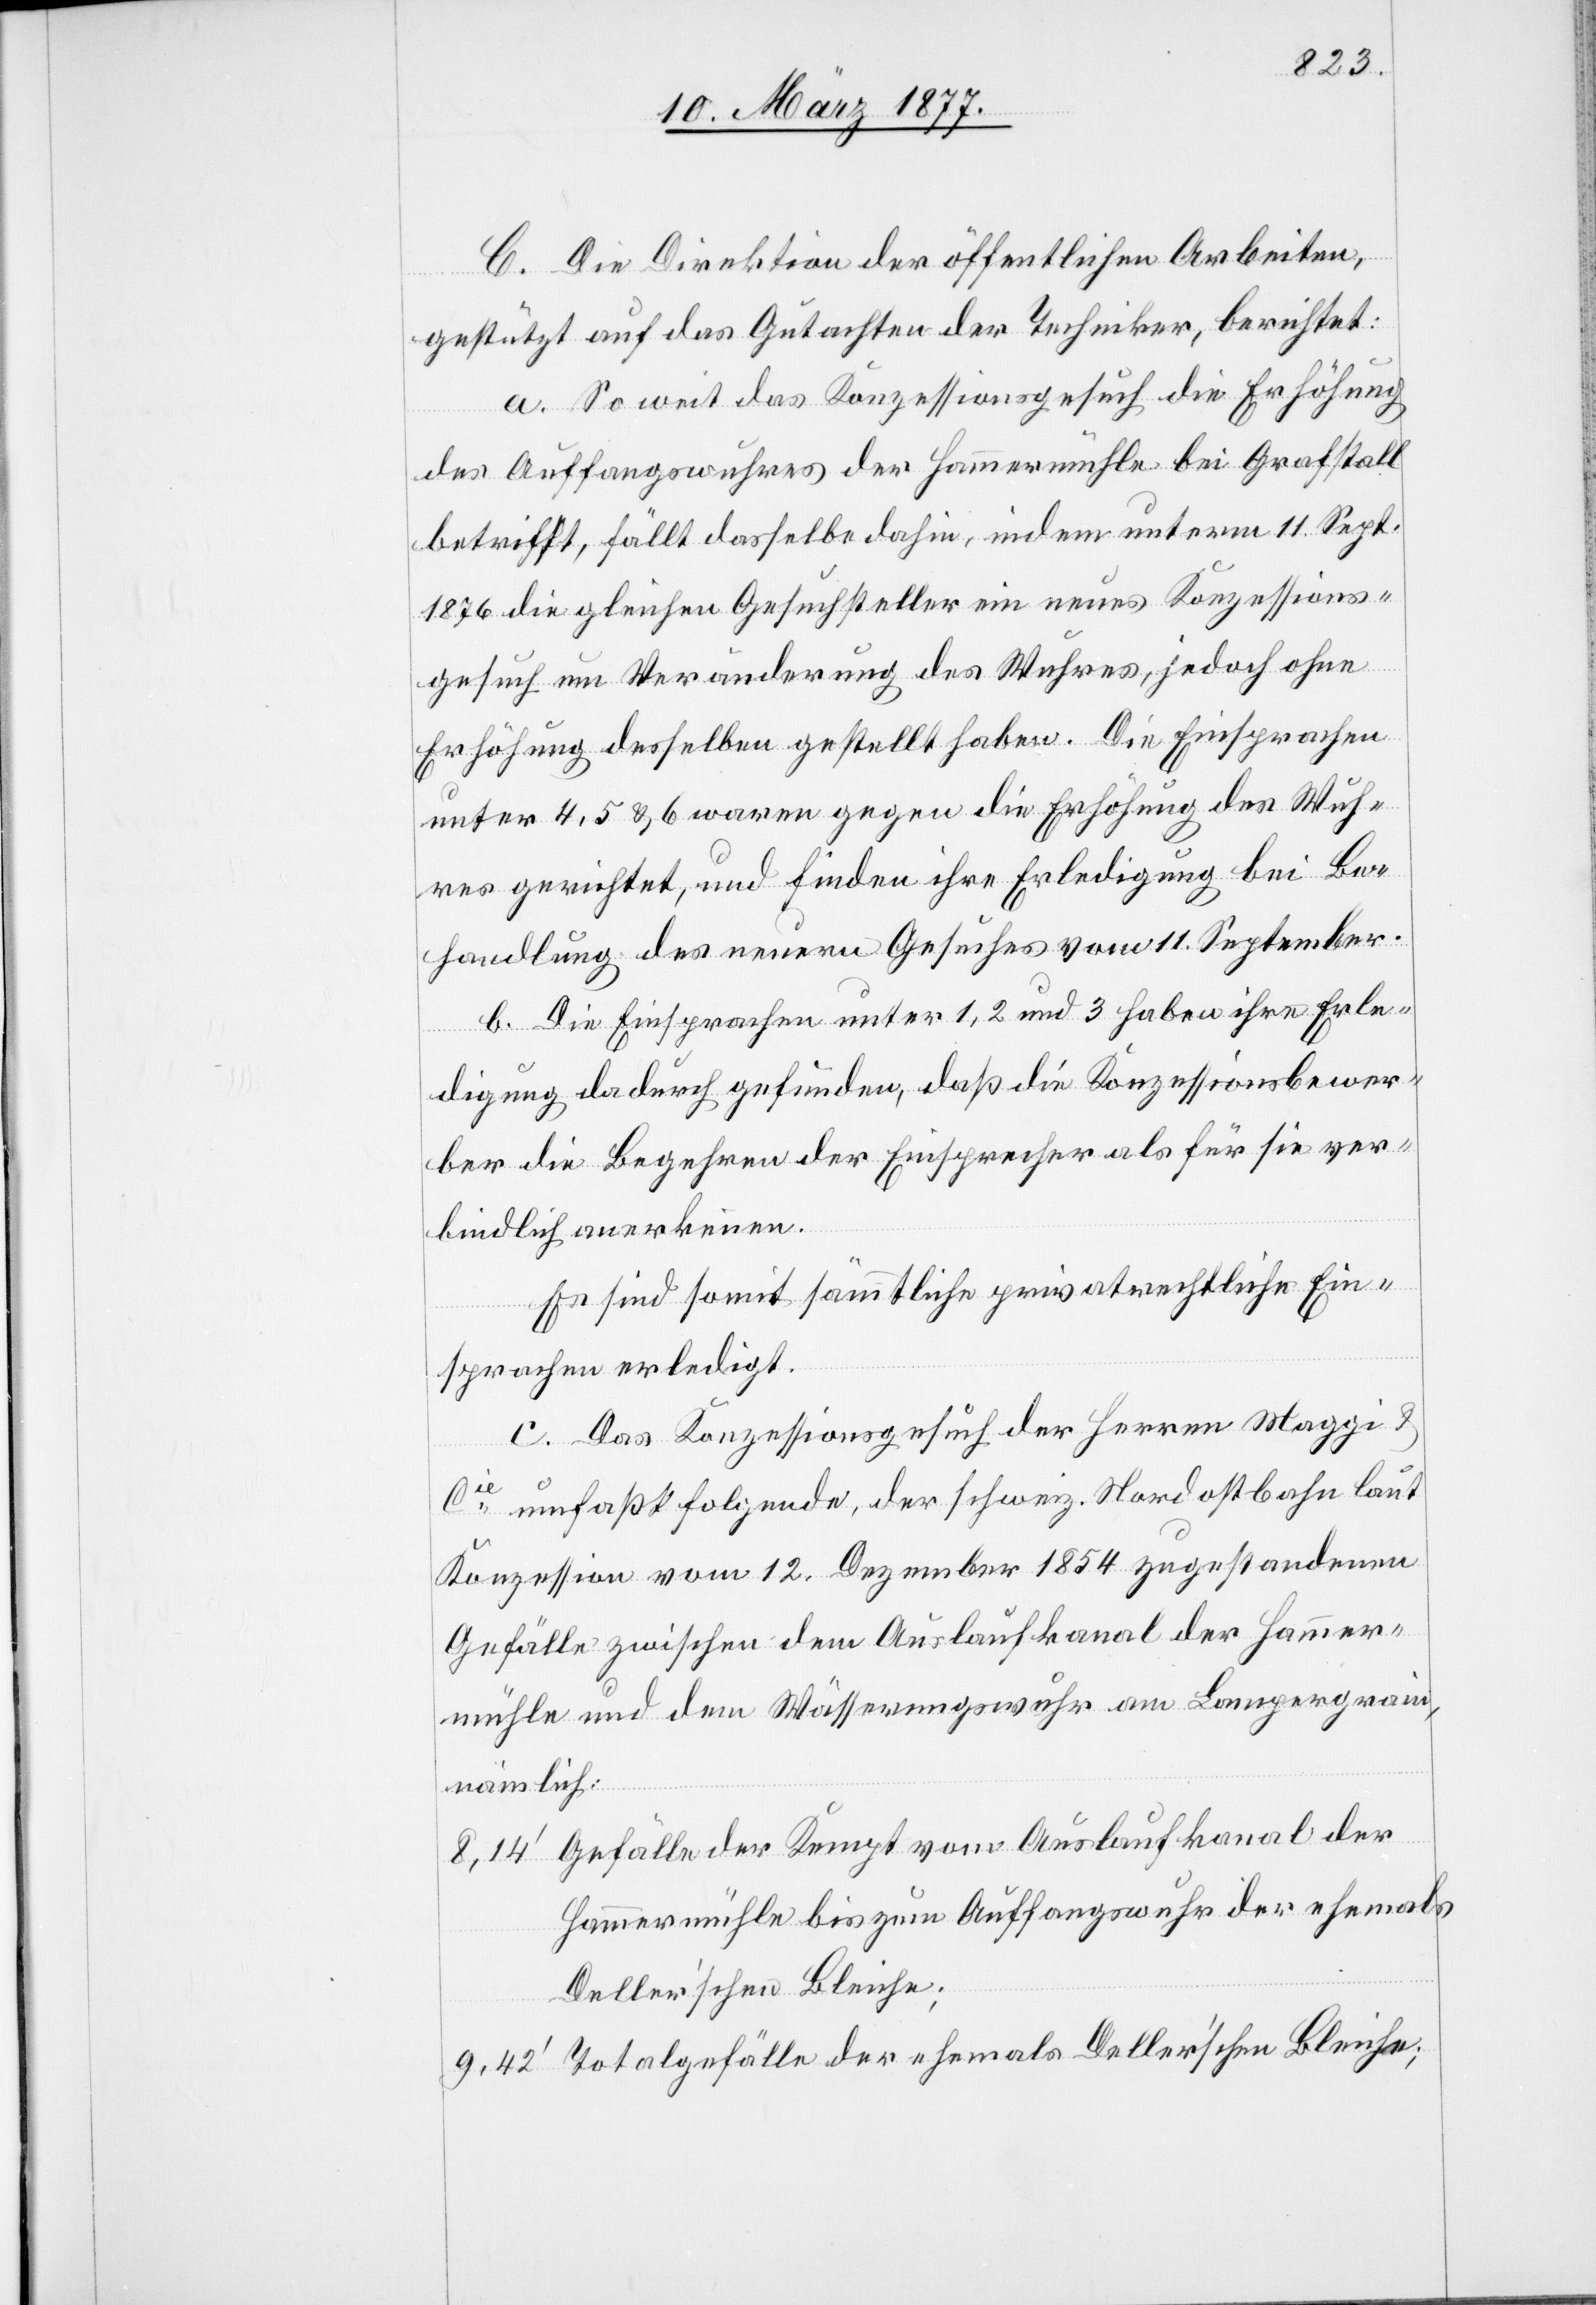
C. Die Direktion der öffentlichen Arbeiten,
gestützt auf das Gutachten der Techniker, berichtet:
a. So weit das Konzessionsgesuch die Erhöhung
des Auffangswuhres der Hammermühle bei Grafstall
betrifft, fällt dasselbe dahin, indem unterm 11. Sept.
1876 die gleichen Gesuchsteller ein neues Konzessions¬
gesuch um Veränderung des Wuhres, jedoch ohne
Erhöhung desselben gestellt haben. Die Einsprachen
unter 4, 5 & 6 waren gegen die Erhöhung des Wuh¬
res gerichtet, und finden ihre Erledigung bei Be¬
handlung des neuern Gesuches vom 11. September.
b. Die Einsprachen unter 1, 2 und 3 haben ihre Erle¬
digung dadurch gefunden, daß die Konzessionsbewer¬
ber die Begehren der Einsprecher als für sie ver¬
bindlich anerkennen.
Es sind somit sämmtliche privatrechtliche[n] Ein¬
sprachen erledigt.
c. Das Konzessionsgesuch der Herren Maggi &
Cie umfaßt folgende, der schweiz. Nordostbahn laut
Konzession vom 12. Dezember 1854 zugestandenen
Gefälle zwischen dem Auslaufkanal der Hammer¬
mühle und dem Wässerungswuhr am Lampergrain,
nämlich:
Gefälle der Kempt vom Auslaufkanal der
Hammermühle bis zum Auffangswuhr der ehemals
Deller’schen Bleiche;
Totalgefälle der ehemals Deller’schen Bleiche;